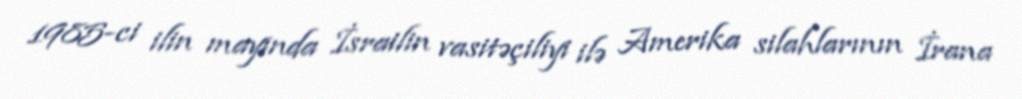
1985-ci ilin mayında İsrailin vasitəçiliyi ilə Amerika silahlarının İrana